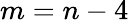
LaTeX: m=n-4